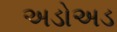
અડોઅડ